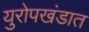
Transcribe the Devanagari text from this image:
युरोपखंडात